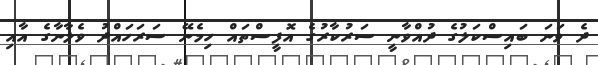
ދެ ވަނަ ބައިސްކަލުގެ ދުއްވާނީ ސަރުކާރުގެ އޮފީސްތައް ހިމެނޭ ސަރަހައްދު ވެލާނާގެ އާއި